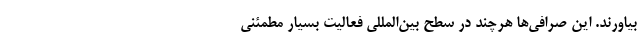
بیاورند. این صرافی‌ها هرچند در سطح بین‌المللی فعالیت بسیار مطمئنی